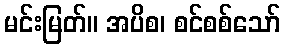
မင်းမြတ်။ အပိစ၊ စင်စစ်သော်